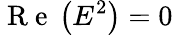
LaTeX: \mathrm{~R~e~}\left(E^{2}\right)=0